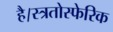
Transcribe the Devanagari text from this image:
है।स्त्रतोस्फेरिक